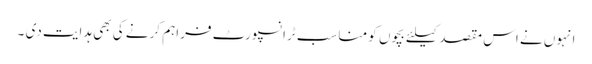
انہوں نے اس مقصد کیلئے بچوں کو مناسب ٹرانسپورٹ فراہم کرنے کی بھی ہدایت دی ۔